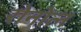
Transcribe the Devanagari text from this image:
रोनोल